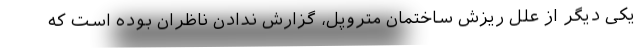
یکی دیگر از علل ریزش ساختمان متروپل، گزارش ندادن ناظران بوده است که